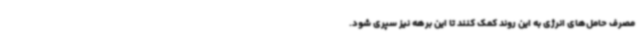
مصرف حامل‌های انرژی به این روند کمک کنند تا این برهه نیز سپری شود.